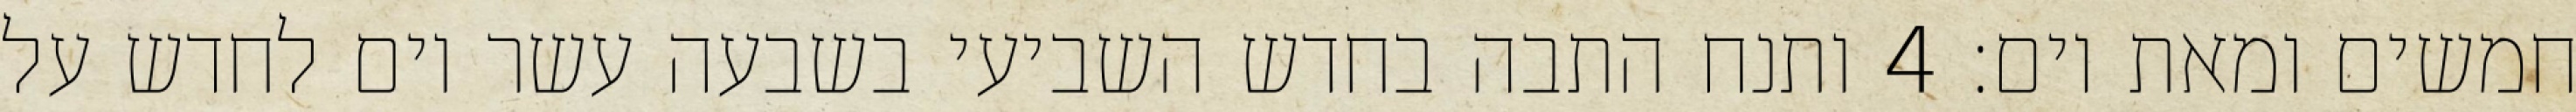
חמשים ומאת יום׃ ‎4‏ ותנח התבה בחדש השביעי בשבעה עשר יום לחדש על